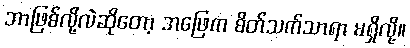
ဘာဖြစ်လို့လဲဆိုတော့ အဖြေက စိတ်သက်သာရာ မရှိလို့။